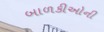
બાળકીઓની